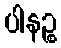
ပါနဉ္စ